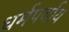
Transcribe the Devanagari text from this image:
धर्मपर्याय